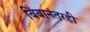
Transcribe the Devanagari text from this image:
बिंबानंतरही